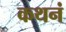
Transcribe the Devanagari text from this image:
कथनं